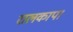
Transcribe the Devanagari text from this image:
रालकापा